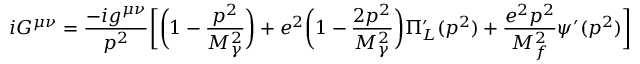
i G ^ { \mu \nu } = \frac { - i g ^ { \mu \nu } } { p ^ { 2 } } \biggl [ \biggl ( 1 - \frac { p ^ { 2 } } { M _ { \gamma } ^ { 2 } } \biggr ) + e ^ { 2 } \biggl ( 1 - \frac { 2 p ^ { 2 } } { M _ { \gamma } ^ { 2 } } \biggr ) \Pi _ { L } ^ { \prime } ( p ^ { 2 } ) + \frac { e ^ { 2 } p ^ { 2 } } { M _ { f } ^ { 2 } } \psi ^ { \prime } ( p ^ { 2 } ) \biggr ]